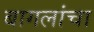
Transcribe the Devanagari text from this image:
बागलांचा